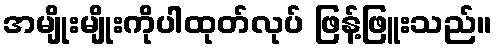
အမျိုးမျိုးကိုပါထုတ်လုပ် ဖြန့်ဖြူးသည်။